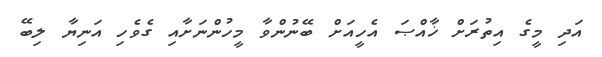
އަދި މީގެ އިތުރަށް ޚާއްޞަ އެހީއަށް ބޭނުންވާ މީހުންނަށާއި ގެވެހި އަނިޔާ ލިބޭ